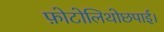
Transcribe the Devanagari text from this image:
फ़ोटोलिथोछपाई।